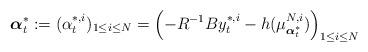
LaTeX: \begin{align*}\boldsymbol{\alpha}_t^*:=(\alpha_t^{*,i})_{1\leq i\leq N}=\left(-R^{-1}By_t^{*,i}-h(\mu^{N,i}_{\boldsymbol{\alpha}^*_t})\right)_{1\leq i\leq N}\end{align*}